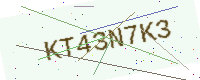
Text: KT43N7K3